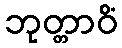
ဘုတ္တာဝိံ